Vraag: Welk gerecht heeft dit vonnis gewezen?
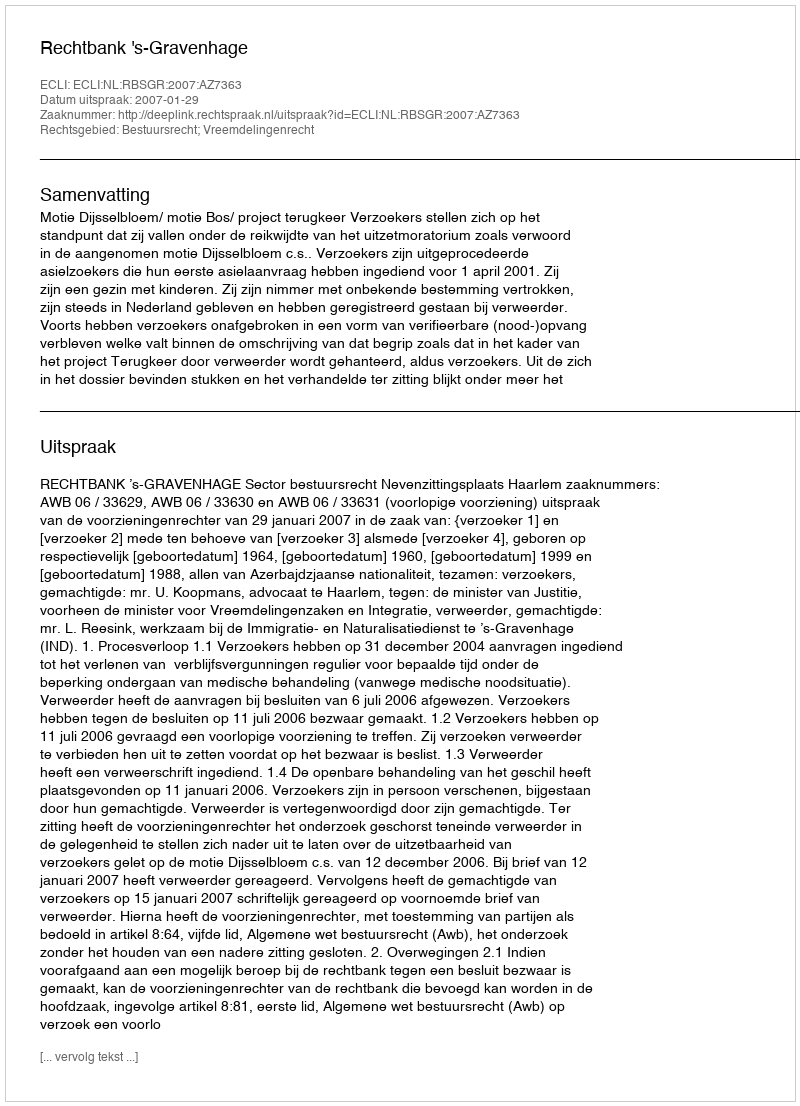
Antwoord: Rechtbank 's-Gravenhage